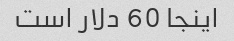
اینجا 60 دلار است